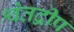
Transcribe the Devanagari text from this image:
श्वेतद्वीप